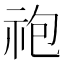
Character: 𫀆